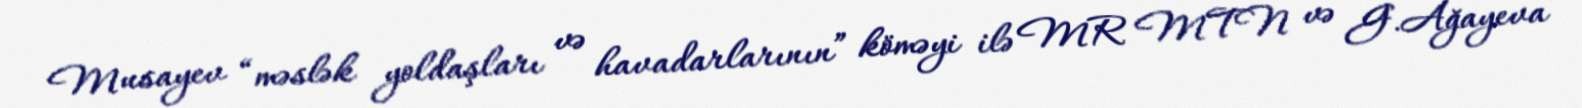
Musayev “məslək yoldaşları və havadarlarının” köməyi ilə MR MTN və G.Ağayeva